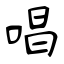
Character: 唱